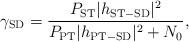
LaTeX: \begin{align*}\gamma_{\mathrm{SD}} = \frac{P_{\mathrm{ST}}|h_{\mathrm{ST-SD}}|^2}{P_{\mathrm{PT}}|h_{\mathrm{PT-SD}}|^2 + N_0},\end{align*}